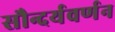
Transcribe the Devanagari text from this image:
सौन्दर्यवर्णन